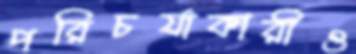
পরিচর্যাকারীও